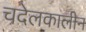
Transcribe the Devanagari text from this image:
चदेलकालीन